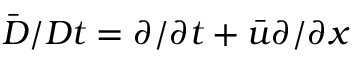
\bar { D } / D t = \partial / \partial t + \bar { u } \partial / \partial x